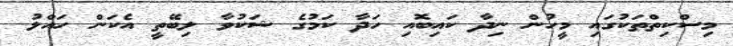
މިސްކިތްތަކުގައި މީހުން ނިދާ ކައިބޮއި ހަދާ ކަމުގެ ޝަކުވާ ލިބޭތީ އެކަން ހައްލު